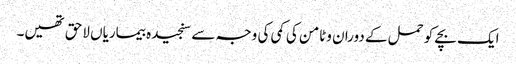
ایک بچے کو حمل کے دوران وٹامن کی کمی کی وجہ سے سنجیدہ بیماریاں لاحق تھیں۔